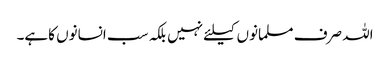
اللہ صرف مسلمانوں کیلئے نہیں بلکہ سب انسانوں کاہے۔